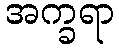
အက္ခရာ